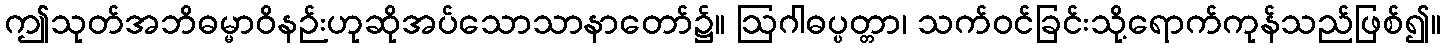
ဤသုတ်အဘိဓမ္မာဝိနဉ်းဟုဆိုအပ်သောသာနာတော်၌။ ဩဂါဓပ္ပတ္တာ၊ သက်ဝင်ခြင်းသို့ရောက်ကုန်သည်ဖြစ်၍။